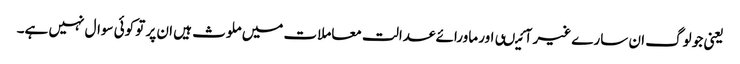
یعنی جو لوگ ان سارے غیر آئیںی اور ماورائے عدالت معاملات میں ملوث ہیں ان پر تو کوئی سوال نہیں ہے۔